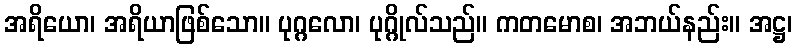
အရိယော၊ အရိယာဖြစ်သော။ ပုဂ္ဂလော၊ ပုဂ္ဂိုလ်သည်။ ကတမောစ၊ အဘယ်နည်း။ အဋ္ဌ၊